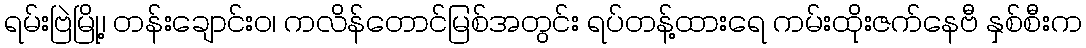
ရမ်းဗြဲမြို့၊ တန်းချောင်းဝ၊ ကလိန်တောင်မြစ်အတွင်း ရပ်တန့်ထားရေ ကမ်းထိုးဇက်နေဗီ နှစ်စီးက